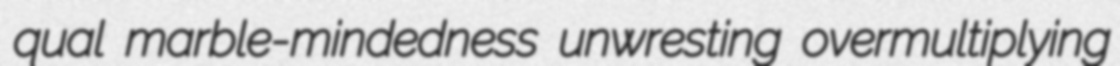
qual marble-mindedness unwresting overmultiplying